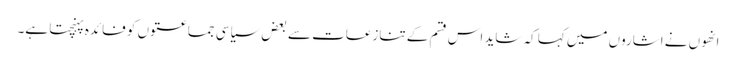
انھوں نے اشاروں میں کہا کہ شاید اس قسم کے تنازعات سے بعض سیاسی جماعتوں کو فائدہ پہنچتا ہے۔